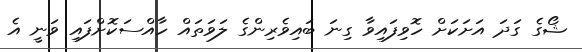
ޝޯގެ ގަދަ އަށަކަށް ހޮވިފައިވާ ގިނަ ބައިވެރިންގެ ލަވަތައް ހާއްސަކޮށްފައި ވަނީ އެ